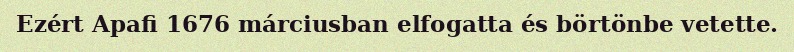
Ezért Apafi 1676 márciusban elfogatta és börtönbe vetette.